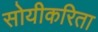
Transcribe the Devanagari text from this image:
सोयीकरिता